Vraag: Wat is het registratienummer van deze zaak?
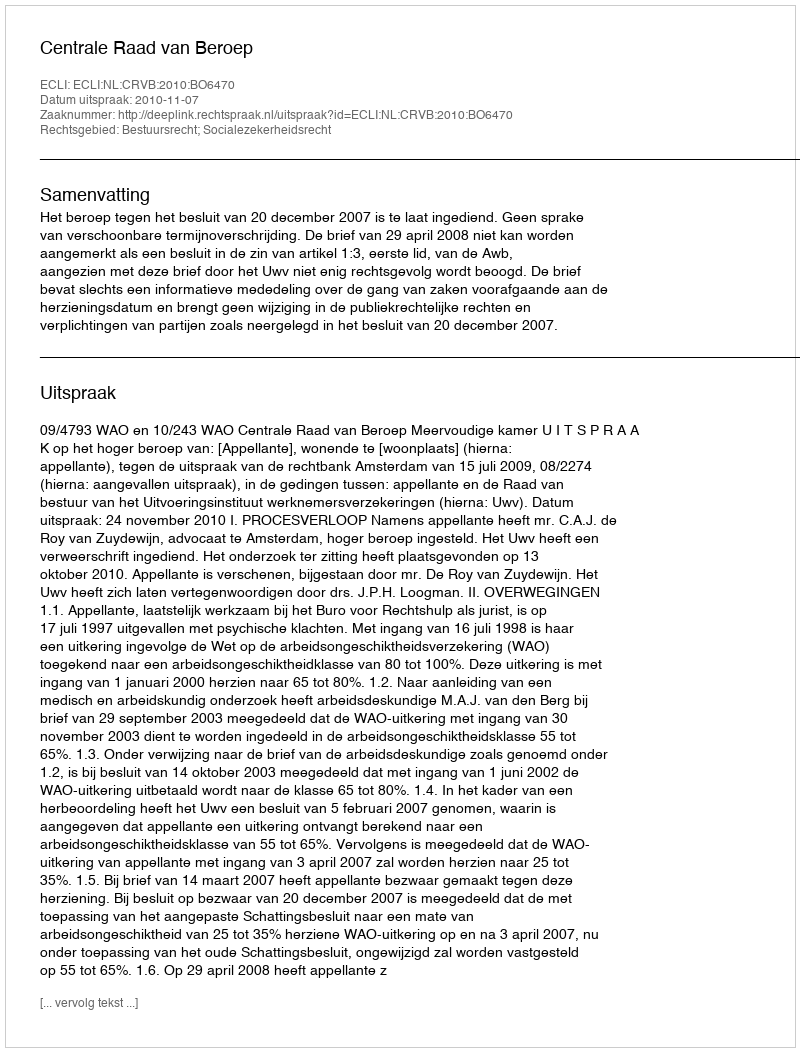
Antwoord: http://deeplink.rechtspraak.nl/uitspraak?id=ECLI:NL:CRVB:2010:BO6470